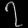
Digit: ၇